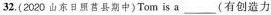
32.(2020 山东日原莒县期中)Tom is \underline{a}(有创造力